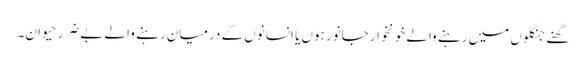
گھنے جنگلوں میں رہنے والے خونخوار جانور ہوں یا انسانوں کے درمیان رہنے والے بے ضرر حیوان۔